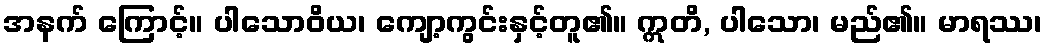
အနက် ကြောင့်။ ပါသောဝိယ၊ ကျော့ကွင်းနှင့်တူ၏။ ဣတိ, ပါသော၊ မည်၏။ မာရဿ၊